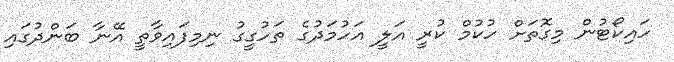
ހައިކޯޓުން މިގޮތަށް ހުކުމް ކުރީ އަލީ އަހުމަދުގެ ތަހުގީގު ނިމިފައިވާތީ އޭނާ ބަންދުގައި